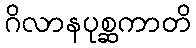
ဂိလာနပုစ္ဆကာတိ